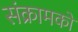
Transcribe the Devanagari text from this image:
संक्रामकों